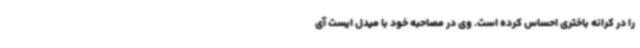
را در کرانه باختری احساس کرده است. وی در مصاحبه خود با میدل ایست آی